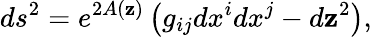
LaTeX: ds^{2}=e^{2A(\mathbf{z})}\left(g_{ij}dx^{i}dx^{j}-d\mathbf{z}^{2}\right),